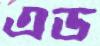
এড